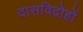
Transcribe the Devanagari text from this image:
दासविद्रोहों